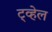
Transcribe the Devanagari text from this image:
ट्व्हेल